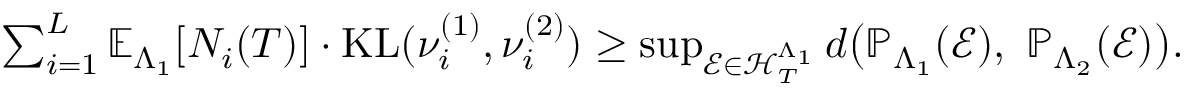
\begin{array} { r l } & { \sum _ { i = 1 } ^ { L } \mathbb { E } _ { \Lambda _ { 1 } } [ N _ { i } ( T ) ] \cdot \mathrm { K L } ( \nu _ { i } ^ { ( 1 ) } , \nu _ { i } ^ { ( 2 ) } ) \ge \operatorname* { s u p } _ { \mathcal { E } \in \mathcal { H } _ { T } ^ { \Lambda _ { 1 } } } d \big ( \mathbb { P } _ { \Lambda _ { 1 } } ( \mathcal { E } ) , ~ \mathbb { P } _ { \Lambda _ { 2 } } ( \mathcal { E } ) \big ) . } \end{array}